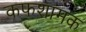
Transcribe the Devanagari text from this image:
कफशामक